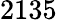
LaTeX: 2135